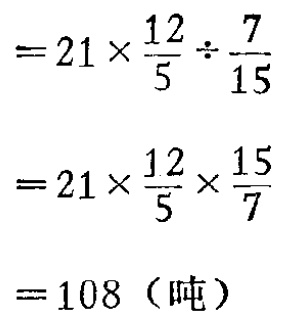
\[

\begin{align*}

&=21\times\frac{12}{5}\div\frac{7}{15}\\

&=21\times\frac{12}{5}\times\frac{15}{7}\\

&= 108\ (\text{吨})

\end{align*}

\]